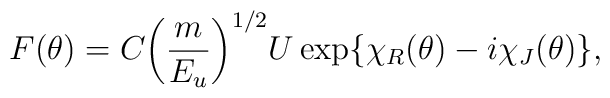
F(\theta)=C{\left( \frac{m}{E_{u}} \right)}^{1/2} U\exp\{\chi_{R}(\theta)-i\chi_{J}(\theta)\},